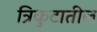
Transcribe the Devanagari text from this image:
त्रिकुटातील